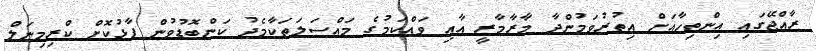
ރާއްޖޭގައި އިންތިހާއަށް އިތުރުވަމުންދާ މާރާމާރީ އާއި ވައްކަމުގެ މައްސަލަތަކާމެދު ކަންބޮޑުވުން ފާޅުކޮށް ކްރިމިނަލް